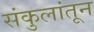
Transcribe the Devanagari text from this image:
संकुलांतून